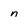
Character: n